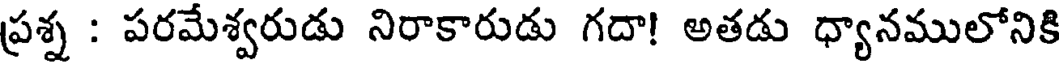
ప్రశ్న : పరమేశ్వరుడు నిరాకారుడు గదా! అతడు ధ్యానములోనికి